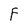
Character: F